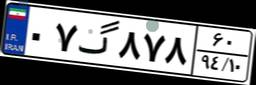
۰۷گ۸۷۸۶۰